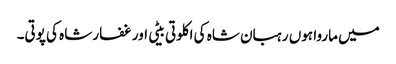
میں ماروا ہوں رہبان شاہ کی اکلوتی بیٹی اور غفار شاہ کی پوتی۔